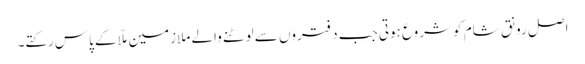
اصل رونق شام کو شروع ہوتی جب دفتروں سے لوٹنے والے ملازمین ملّا کے پاس رکتے۔